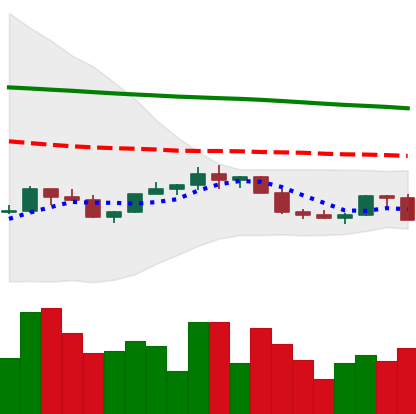
Ticker: LINK-USD
Chart end date: 2022-02-17
Forward return: -9.923%
Label: down_7plus